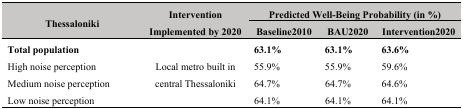
<table><thead><tr><td rowspan="2"><b>Thessaloniki</b></td><td rowspan="2"><b>Intervention Implemented by 2020</b></td><td colspan="3"><b>Predicted Well-Being Probability (in %)</b></td></tr><tr><td><b>Baseline2010</b></td><td><b>BAU2020</b></td><td><b>Intervention2020</b></td></tr></thead><tbody><tr><td><b>Total population</b></td><td rowspan="4">Local metro built in central Thessaloniki</td><td><b>63.1%</b></td><td><b>63.1%</b></td><td><b>63.6%</b></td></tr><tr><td>High noise perception</td><td>55.9%</td><td>55.9%</td><td>59.6%</td></tr><tr><td>Medium noise perception</td><td>64.7%</td><td>64.7%</td><td>64.6%</td></tr><tr><td>Low noise perception</td><td>64.1%</td><td>64.1%</td><td>64.1%</td></tr></tbody></table>